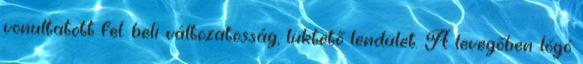
vonultatott fel. beli változatosság, lüktető lendület. A levegőben lógó